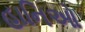
હાનિઓ